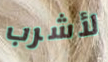
لأشرب